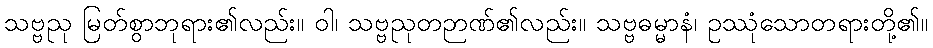
သဗ္ဗညု မြတ်စွာဘုရား၏လည်း။ ဝါ၊ သဗ္ဗညုတဉာဏ်၏လည်း။ သဗ္ဗဓမ္မာနံ၊ ဥဿုံသောတရားတို့၏။